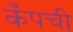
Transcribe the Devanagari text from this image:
कँपची